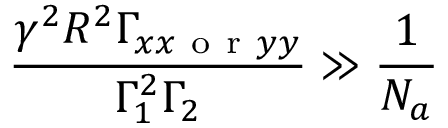
\frac { \gamma ^ { 2 } R ^ { 2 } \Gamma _ { x x \mathrm { ~ o ~ r ~ } y y } } { \Gamma _ { 1 } ^ { 2 } \Gamma _ { 2 } } \gg \frac { 1 } { N _ { a } }